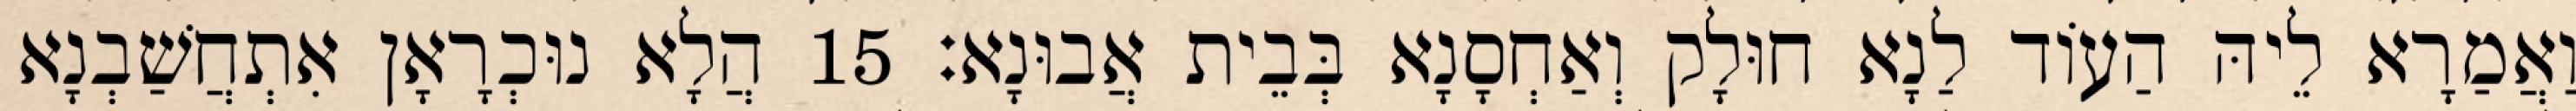
וַאֲמַרָא לֵיהּ הַעוֹד לַנָא חוּלָק וְאַחְסָנָא בְּבֵית אֲבוּנָא׃ 15 הֲלָא נוּכְרָאָן אִתְחֲשַׁבְנָא